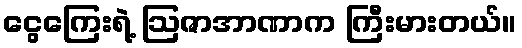
ငွေကြေးရဲ့ ဩဇာအာဏာက ကြီးမားတယ်။